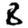
Digit: 8